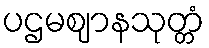
ပဌမဈာနသုတ္တံ